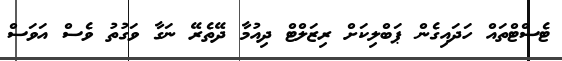
ޓެސްޓްތައް ހަދައިގެން ޕަބްލިކަށް ރިޒަލްޓް ދިއުމާ ދޭތެރޭ ނަގާ ވަގުތު ވެސް އަވަސް